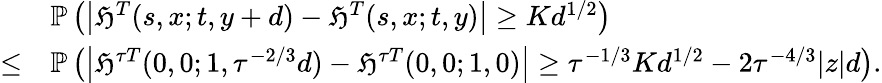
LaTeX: \begin{array}{rl}&{\mathbb{P}\left(\left|\mathfrak{H}^{T}(s,x;t,y+d)-\mathfrak{H}^{T}(s,x;t,y)\right|\geq Kd^{1/2}\right)}\\ {\leq}&{\mathbb{P}\left(\left|\mathfrak{H}^{\tau T}(0,0;1,\tau^{-2/3}d)-\mathfrak{H}^{\tau T}(0,0;1,0)\right|\geq\tau^{-1/3}Kd^{1/2}-2\tau^{-4/3}|z|d\right).}\end{array}